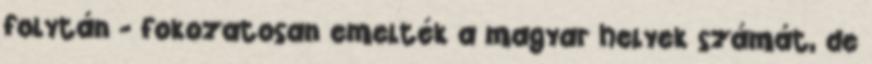
folytán - fokozatosan emelték a magyar helyek számát, de